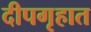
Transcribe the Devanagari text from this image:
दीपगृहात